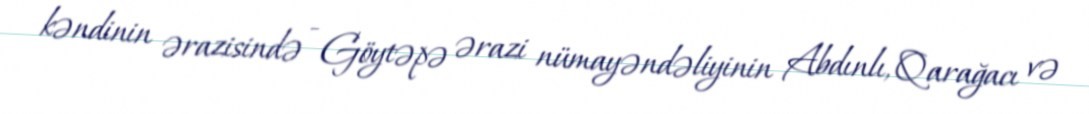
kəndinin ərazisində - Göytəpə ərazi nümayəndəliyinin Abdınlı, Qarağacı və